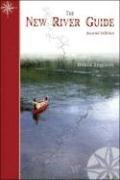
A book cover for The New River Guide, Second Edition; Bruce Ingram; Sports & Outdoors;